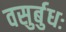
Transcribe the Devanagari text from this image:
वसुर्बुधः